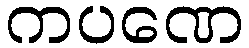
ကပဏေ